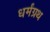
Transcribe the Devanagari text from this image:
धर्मंग्रथ